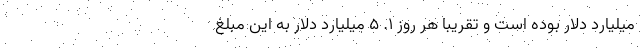
میلیارد دلار بوده است و تقریباً هر روز ۱. ۵ میلیارد دلار به این مبلغ